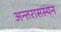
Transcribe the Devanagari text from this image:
अन्तरासस्यन